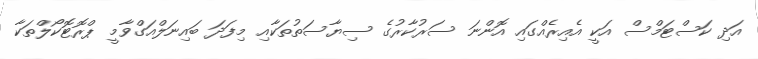
އަދި ކަސްޓަމްސް އަކީ އެއިރެއްގައި އޮންނަ ސަރުކާރުގެ ސިޔާސަތުތަކާއި މިފަދަ ބައިނަލްއަގްވާމީ ޕްރޮޓޮކޯލްތަކާ